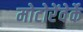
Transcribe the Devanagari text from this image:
मोटोरेंवेर्के